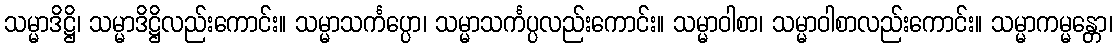
သမ္မာဒိဋ္ဌိ၊ သမ္မာဒိဋ္ဌိလည်းကောင်း။ သမ္မာသင်္ကပ္ပော၊ သမ္မာသင်္ကပ္ပလည်းကောင်း။ သမ္မာဝါစာ၊ သမ္မာဝါစာလည်းကောင်း။ သမ္မာကမ္မန္တော၊